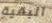
البقية